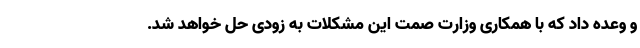
و وعده داد که با همکاری وزارت صمت این مشکلات به زودی حل خواهد شد.